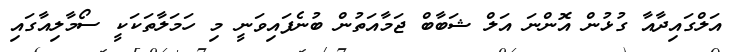
އަލްގައިދާއާ ގުޅުން އޮންނަ އަލް ޝަބާބް ޖަމާއަތުން ބުނެފައިވަނީ މި ހަމަލާތަކަކީ ސޯމާލިއާގައި